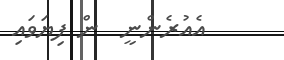
އެއުރެންނީ  ން ފިޔަވައި